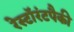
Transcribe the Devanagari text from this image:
रेस्टॉरंटपैकी